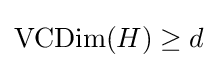
\operatorname {VCDim} (H)\geq d